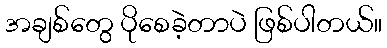
အချစ်တွေ ပိုစေခဲ့တာပဲ ဖြစ်ပါတယ်။